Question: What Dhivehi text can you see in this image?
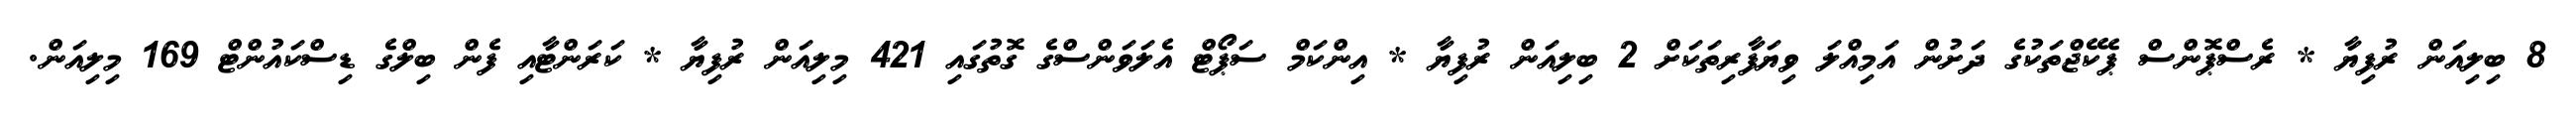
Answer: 8 ބިލިއަން ރުފިޔާ * ރެސްޕޮންސް ޕެކޭޖްތަކުގެ ދަށުން އަމިއްލަ ވިޔަފާރިތަކަށް 2 ބިލިއަން ރުފިޔާ * އިންކަމް ސަޕޯޓް އެލަވަންސްގެ ގޮތުގައި 421 މިލިއަން ރުފިޔާ * ކަރަންޓާއި ފެން ބިލްގެ ޑިސްކައުންޓް 169 މިލިއަން.